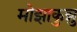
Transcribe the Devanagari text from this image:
मोझाकुन्नु